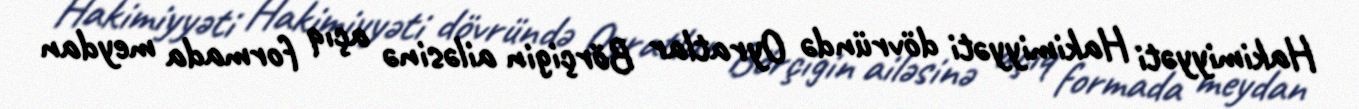
Hakimiyyəti Hakimiyyəti dövründə Oyratlar Börçigin ailəsinə açıq formada meydan